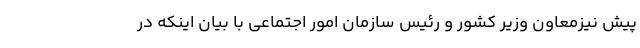
پیش نیزمعاون وزیر کشور و رئیس سازمان امور اجتماعی با بیان اینکه در